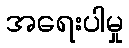
အရေးပါမှု